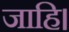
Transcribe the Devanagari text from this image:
जाहि।